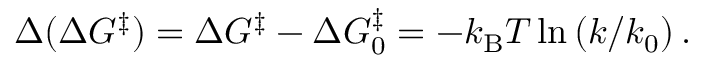
\Delta ( \Delta G ^ { \ddagger } ) = \Delta G ^ { \ddagger } - \Delta G _ { 0 } ^ { \ddagger } = - k _ { \mathrm { B } } T \ln \left( { k } / { k _ { 0 } } \right) .